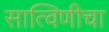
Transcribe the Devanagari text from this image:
सात्विणीचा